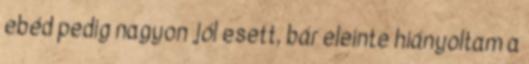
ebéd pedig nagyon jól esett, bár eleinte hiányoltam a